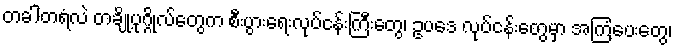
တခါတရံလဲ တချို့ပုဂ္ဂိုလ်တွေက စီးပွားရေးလုပ်ငန်းကြီးတွေ၊ ဥပဒေ လုပ်ငန်းတွေမှာ အကြံပေးတွေ၊